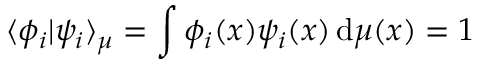
\langle \phi _ { i } | \psi _ { i } \rangle _ { \mu } = \int \phi _ { i } ( x ) \psi _ { i } ( x ) \, \mathrm { d } \mu ( x ) = 1